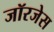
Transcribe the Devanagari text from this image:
जॉरजेस